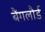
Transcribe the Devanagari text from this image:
बैंगलौर्ड